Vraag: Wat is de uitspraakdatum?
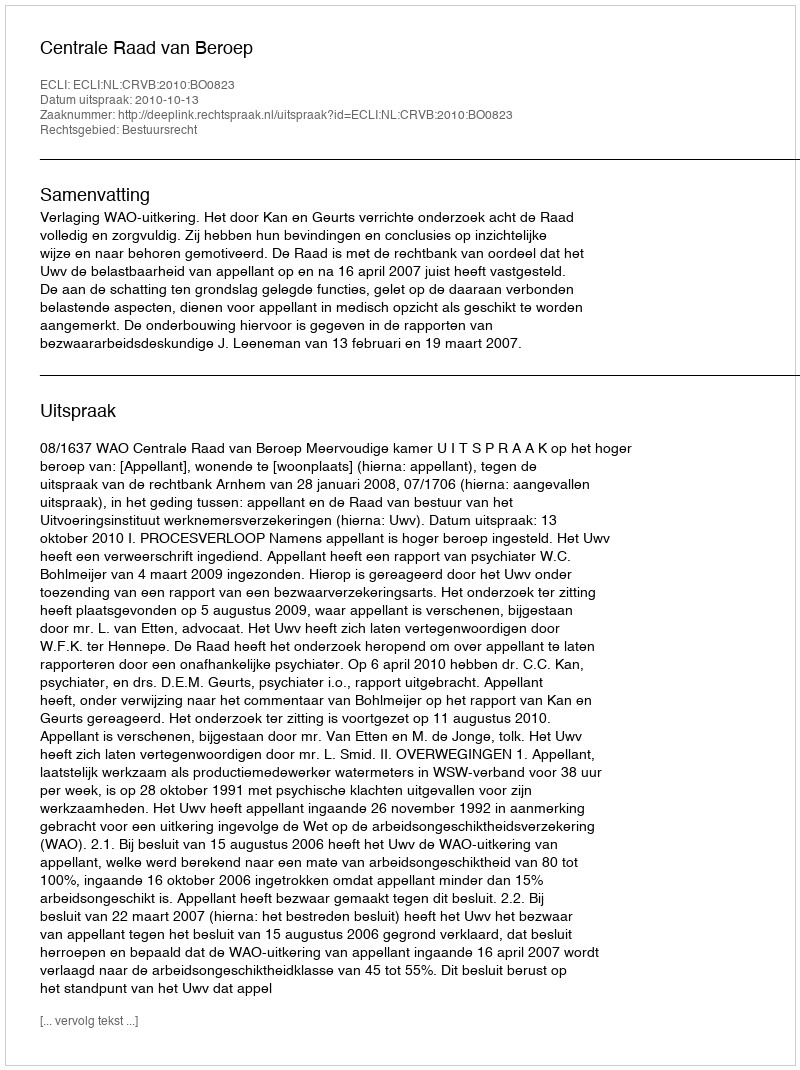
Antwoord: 2010-10-13